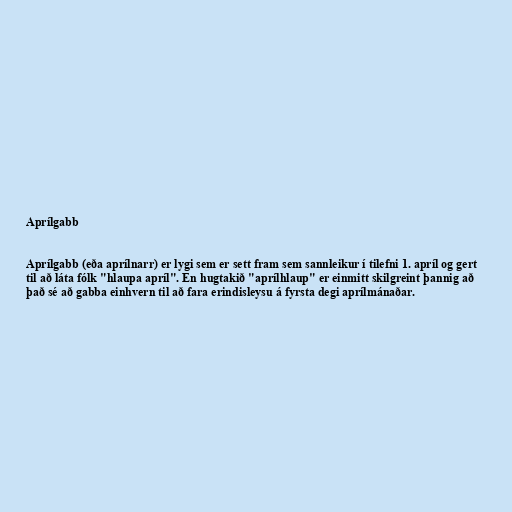
Aprílgabb

Aprílgabb (eða aprílnarr) er lygi sem er sett fram sem sannleikur í tilefni 1. apríl og gert
til að láta fólk "hlaupa apríl". En hugtakið "aprílhlaup" er einmitt skilgreint þannig að
það sé að gabba einhvern til að fara erindisleysu á fyrsta degi aprílmánaðar.